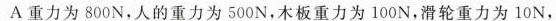
A重力为800N，人的重力为500N，木板重力为100N，滑轮重力为10N，